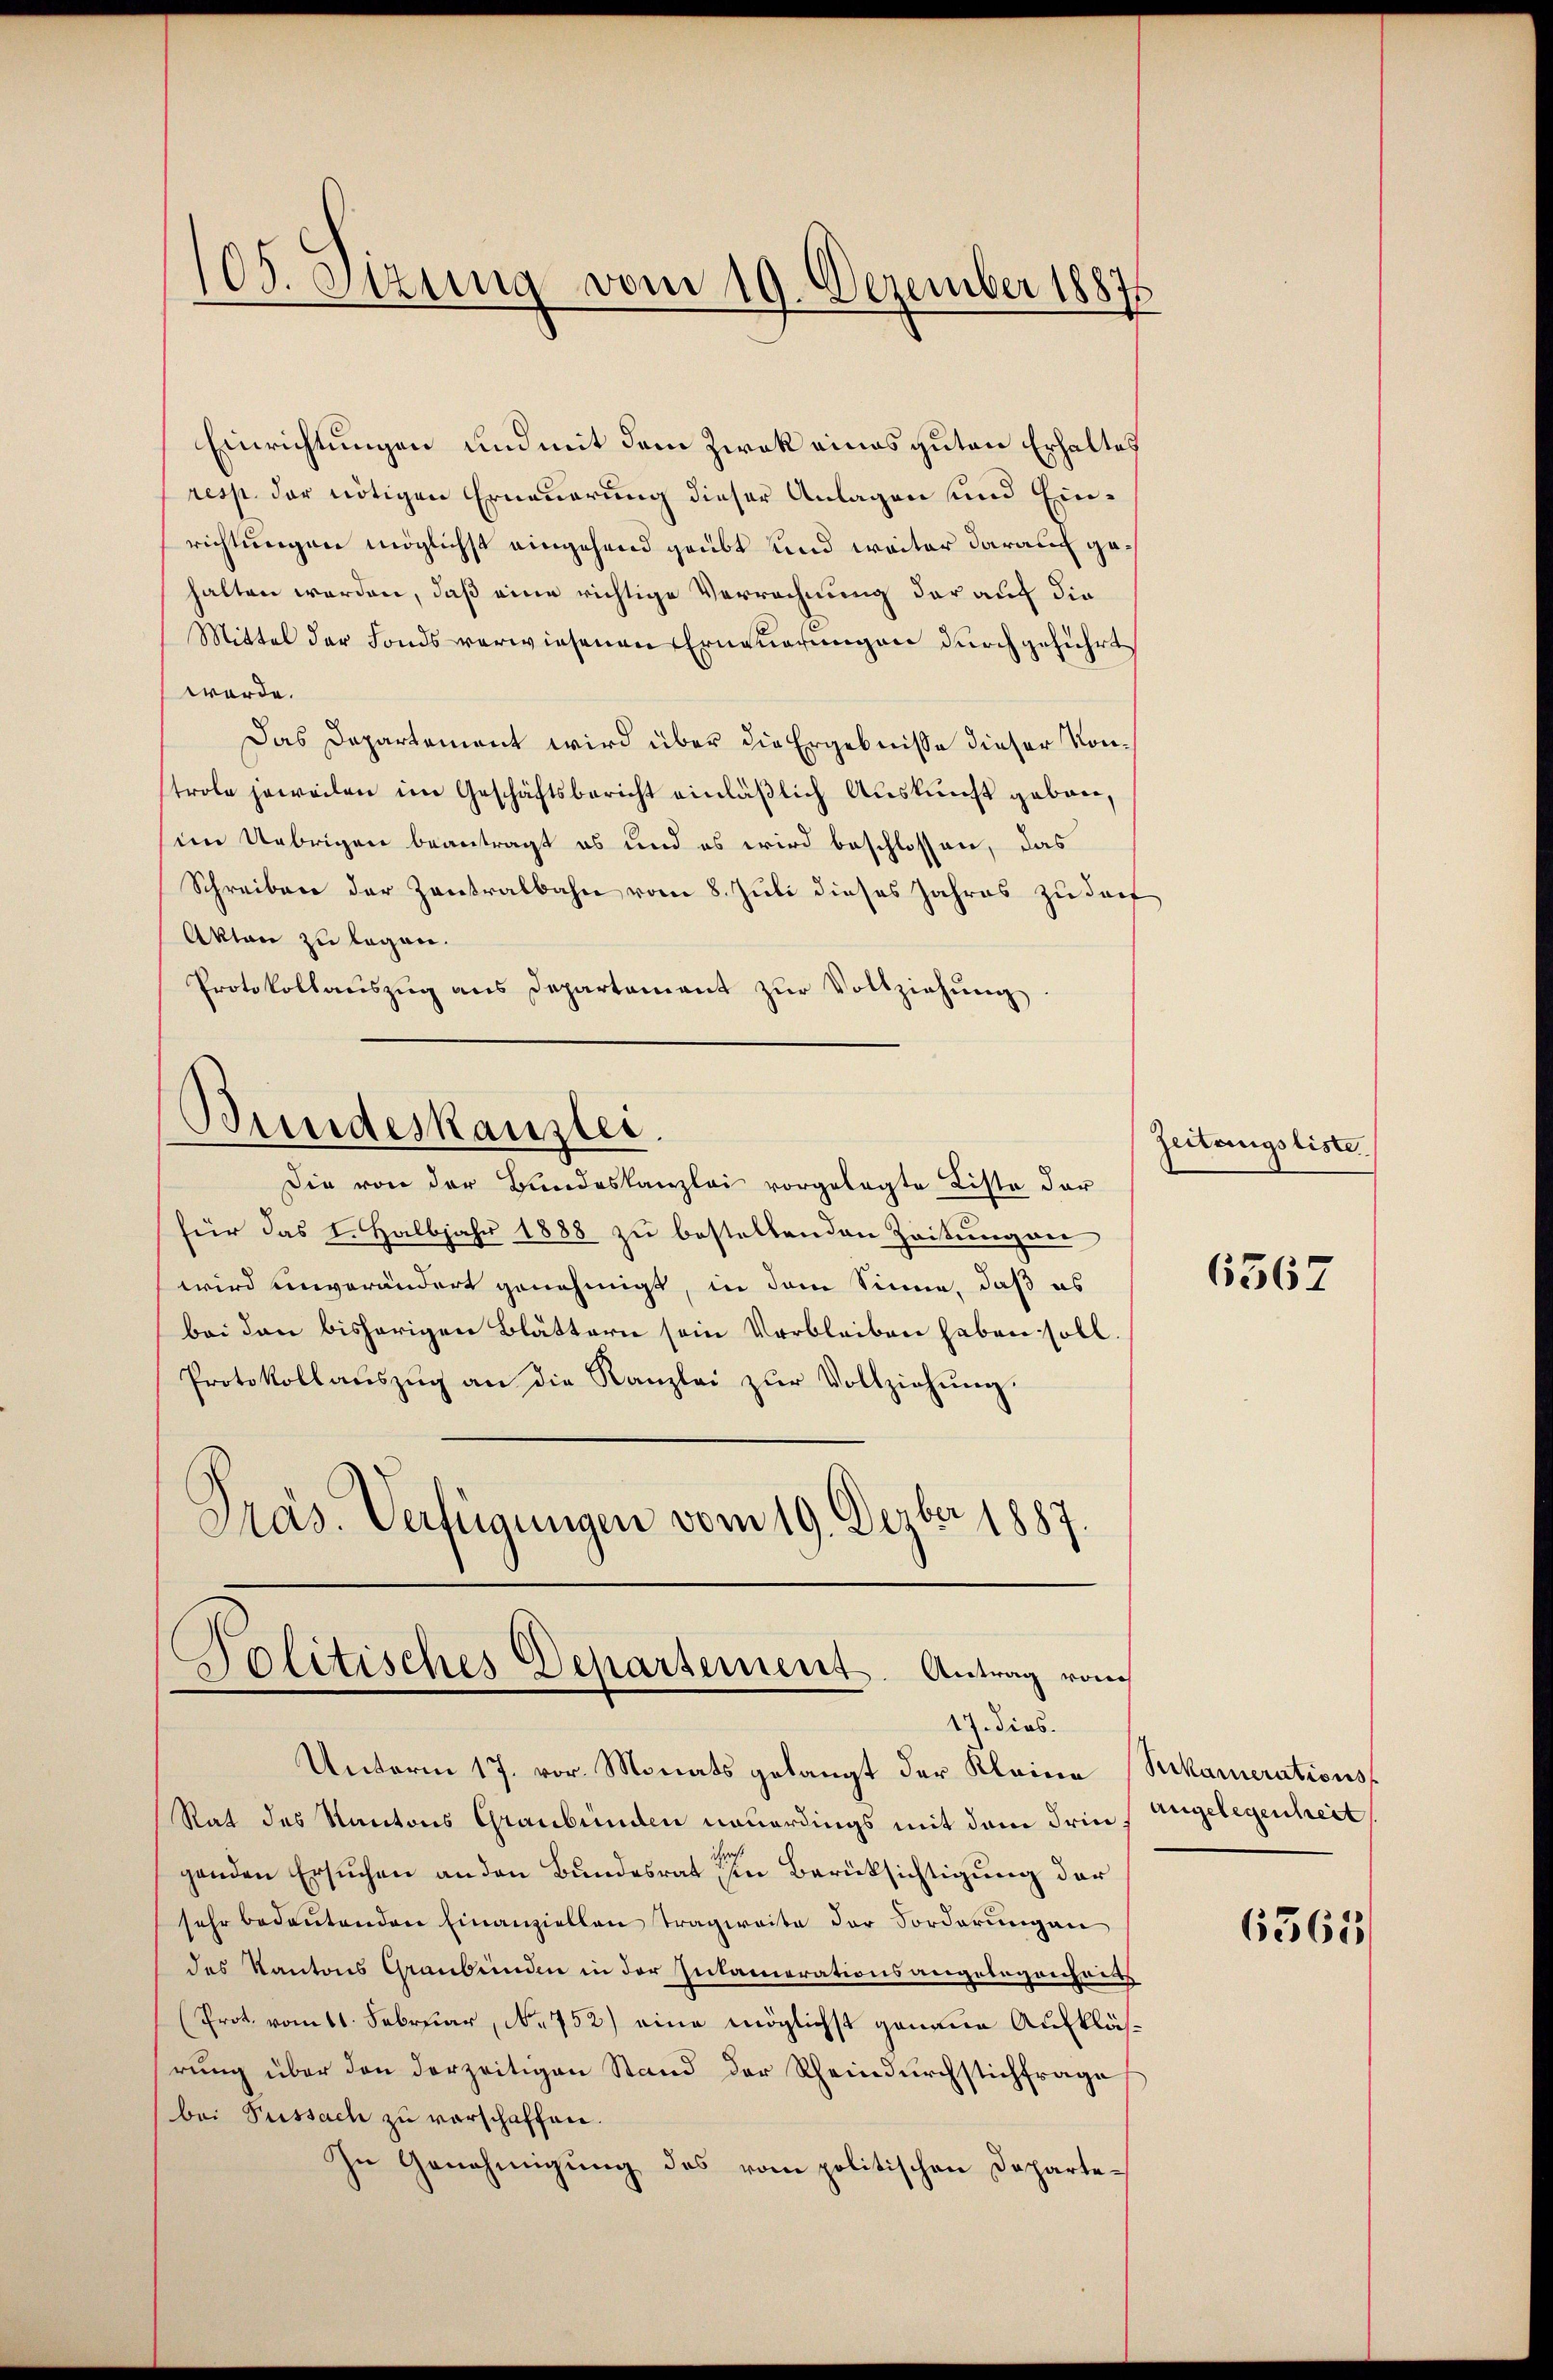
Einrichtungen und mit dem Zwek eines guten Erhaltes
resp. der nötigen Erneuerung dieser Anlagen und Einrichtungen möglichst eingehend geübt und weiter darauf gehalten werden, daß eine richtige Verrechnung der auf die
Mittel der Fonds verwiesenen Erneuerungen durchgeführt
werde.
Das Departement wird über die Ergebnisse dieser Kontrole jeweilen im Geschäftsbericht einläßlich Auskunft geben,
im Übrigen beantragt es und es wird beschlossen, das
Schreiben der Zentralbahn vom 8. Juli dieses Jahres zu dorf
Akten zu legen.
Protokollaŭszŭg ans Departament zŭr Vollziehŭng

105. Sitzung vom 19. Dezember 18875

Bundeskanzlei.
Die von der Bundeskanzlei vorgelegte Liste der

Politisches Departement. Antrag vom
17. dies.

für das I. Halbjahr 1888 zu bestellenden Zeitungen
wird einverändert genehmigt, in dem Sinne, daß es
bei den bisherigen Blättern sein Verbleiben haben soll.
Protokollaŭszŭg an die Kanzlei zŭr Vollziehŭng.
Präs. Verfügungen vom 19. Dezbr 1887.

Unterm 17. vor. Monats gelangt der Kleine Seckamerations¬
Rat des Kantons Graubünden neuerdings mit dem drin, Angelegenheit
genden Ersuchen an den Bundesrat in Berücksichtigung der
sehr bedeŭtenden Einanziellen Tragweite der Sorderung an
des Kantons Graubünden in der Inkamerationsangelegenheits
(Prot. vom 11. Februar, No 752) eine möglichst genaue Aufkläsrung über den derzeitigen Stand der Rheindurchstichfrage
(bei Puissach zu verschaffen.
In Genehmigung des vom politischen Departe¬

Zeitungsliste

6367

6563